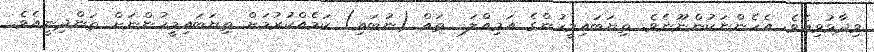
ވިދާޅުވިއެވެ. އެހެންނަކުންނޫނެވެ. ތިޔަބައިމީހުންގެ އަމިއްލަ  ތައް (ނުބައި) ކަމެއްކުރުމަށް ތިޔަބައިމީހުންނަށް ތަންދިނީއެވެ.